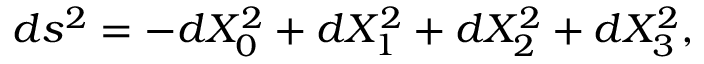
d s ^ { 2 } = - d X _ { 0 } ^ { 2 } + d X _ { 1 } ^ { 2 } + d X _ { 2 } ^ { 2 } + d X _ { 3 } ^ { 2 } ,